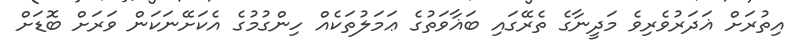
އިތުރަށް ޣަދަރުވެރިވެ މަދީނާގެ ތެރޭގައި ބަޣާވަތުގެ ޢަމަލުތަކެއް ހިންގުމުގެ އެކަށޭނަކަން ވަރަށް ބޮޑަށް